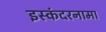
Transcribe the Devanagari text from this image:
इस्कंदरनामा